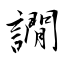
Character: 譋